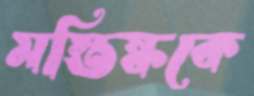
মস্তিষ্ককে